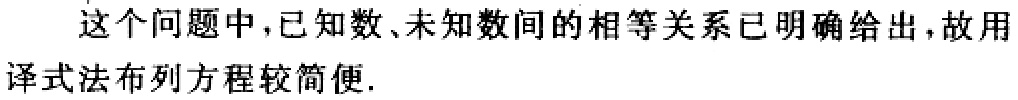
这个问题中,已知数、未知数间的相等关系已明确给出，故用

译式法布列方程较简便.